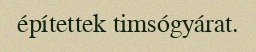
építettek timsógyárat.